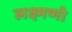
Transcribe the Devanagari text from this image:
लक्ष्मणो